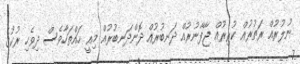
ނުލުރުއް ރަތުރުއް ކުރިރުއް ޖާފާނުރުއް ދަނބުރުއް ދޮންދަނބުރުއް މިއީ ހައްތަހާވެސް ދިވެހި ރުކުގެ